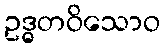
ဥဒ္ဓတဝိသောဝ